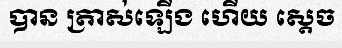
បាន ត្រាស់ឡើង ហើយ ស្តេច